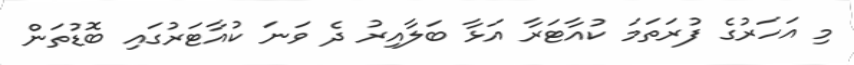
މި އަހަރުގެ ފުރަތަމަ ކުއާޓަރާ އަޅާ ބަލާއިރު ދެ ވަނަ ކުއާޓަރުގައި ބޮޑުތަން